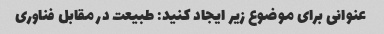
عنوانی برای موضوع زیر ایجاد کنید: طبیعت در مقابل فناوری